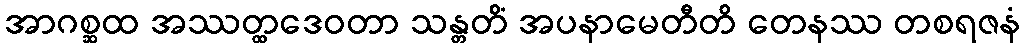
အာဂစ္ဆထ အဿတ္ထဒေဝတာ သန္တတိံ အပနာမေတီတိ တေနဿ တစရဇနံ